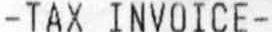
-TAX INVOICE-